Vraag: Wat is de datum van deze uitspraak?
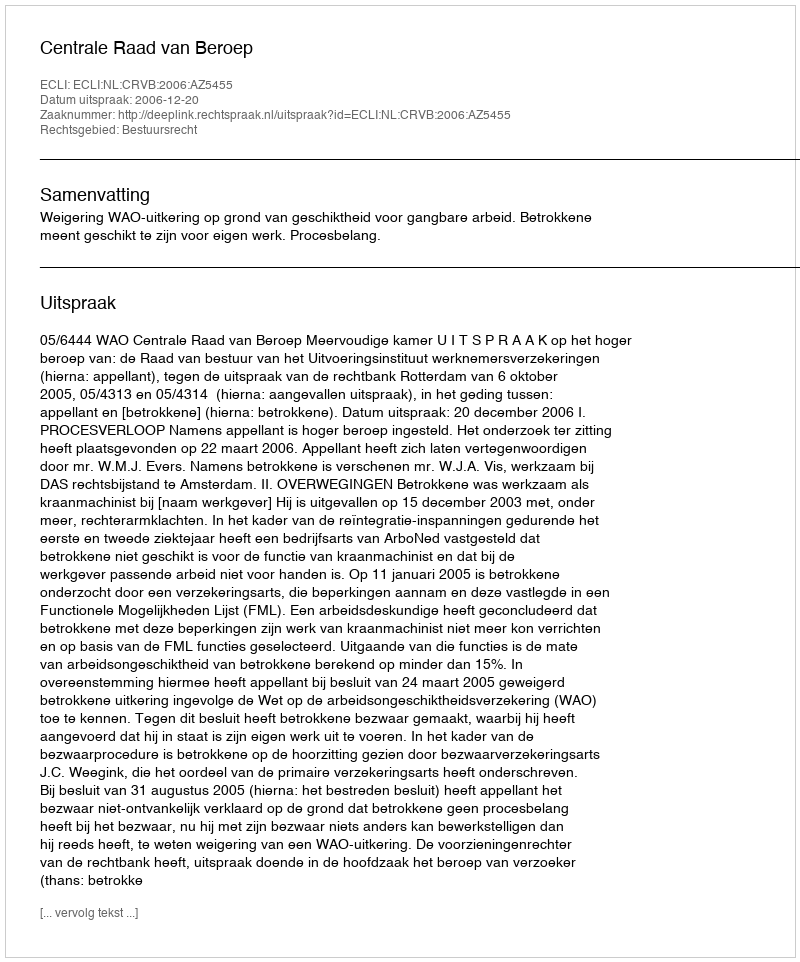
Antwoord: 2006-12-20